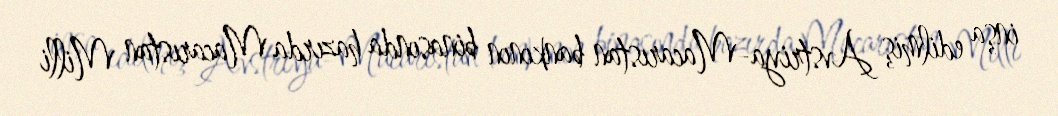
inşa edilmiş Avstriya-Macarıstan bankının binasında hazırda Macarıstan Milli